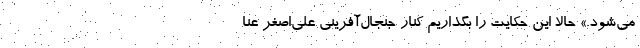
می‌شود.» حالا این حکایت را بگذاریم کنار جنجال‌آفرینی علی‌اصغر عنا